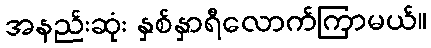
အနည်းဆုံး နှစ်နှာရီလောက်ကြာမယ်။